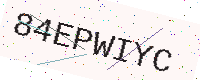
Text: 84EPWIYC